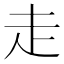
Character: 走